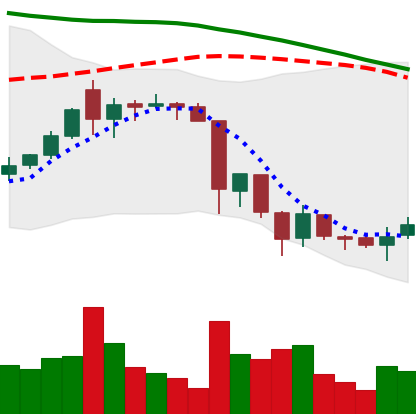
Ticker: XRP-USD
Chart end date: 2018-06-19
Forward return: -13.144%
Label: down_7plus